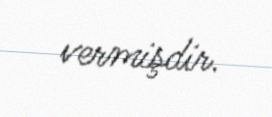
vermişdir.